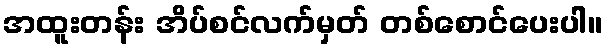
အထူးတန်း အိပ်စင်လက်မှတ် တစ်စောင်ပေးပါ။